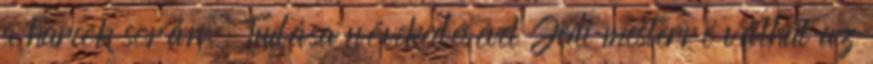
a harcok során. Tudása növekedésével Jedi mesterré válhat az